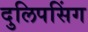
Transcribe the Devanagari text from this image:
दुलिपसिंग